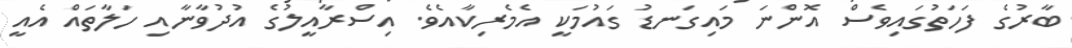
ބާރުގެ ފަހަތުގައިވެސް އޮންނަ މައިގަނޑު ގައުމަކީ އެމެރިކާއެވެ. އިސްރާއީލުގެ އުދުވާނާއި ހަަލާތައް އެެއީ